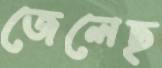
জেলেছ